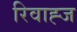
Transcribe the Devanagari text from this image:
रिवाह्ज